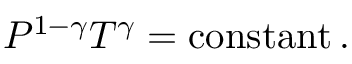
P ^ { 1 - \gamma } T ^ { \gamma } = \operatorname { c o n s t a n t } .